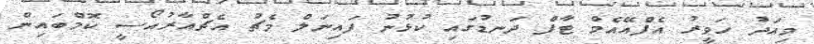
މިއަދު ހަވީރު އެފްއޭއެމް ޓާފް ދަނޑުގައި ކުޅުނު ފައިނަލް މެޗު އެޗްއާރުއޯސީ ކޮމްބައިން